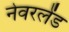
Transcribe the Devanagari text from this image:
नेवरलेंड